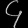
Digit: ၄